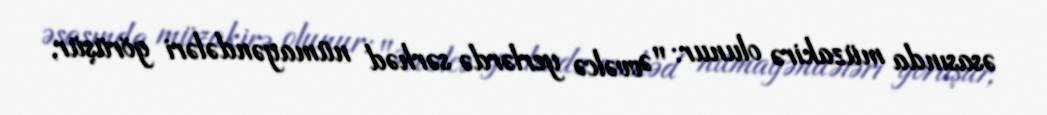
əsasında müzakirə olunur: "Əvvəlcə yerlərdə sərhəd nümayəndələri görüşür,